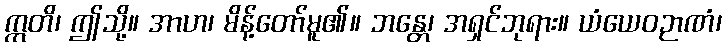
ဣတိ၊ ဤသို့။ အာဟ၊ မိန့်တော်မူ၏။ ဘန္တေ၊ အရှင်ဘုရား။ ယံယေဝဉာဏံ၊